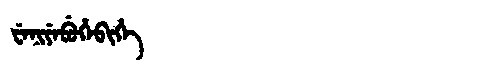
Manchu: ᠸᡝᠨᡳᠶᡝᠪᡠᡥᡝᠪᡳᡥᡝ
Romanization: WENIYEBUHEBIHE